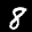
Label: 8